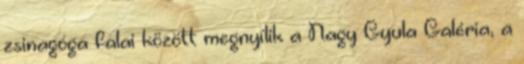
zsinagóga falai között megnyílik a Nagy Gyula Galéria, a